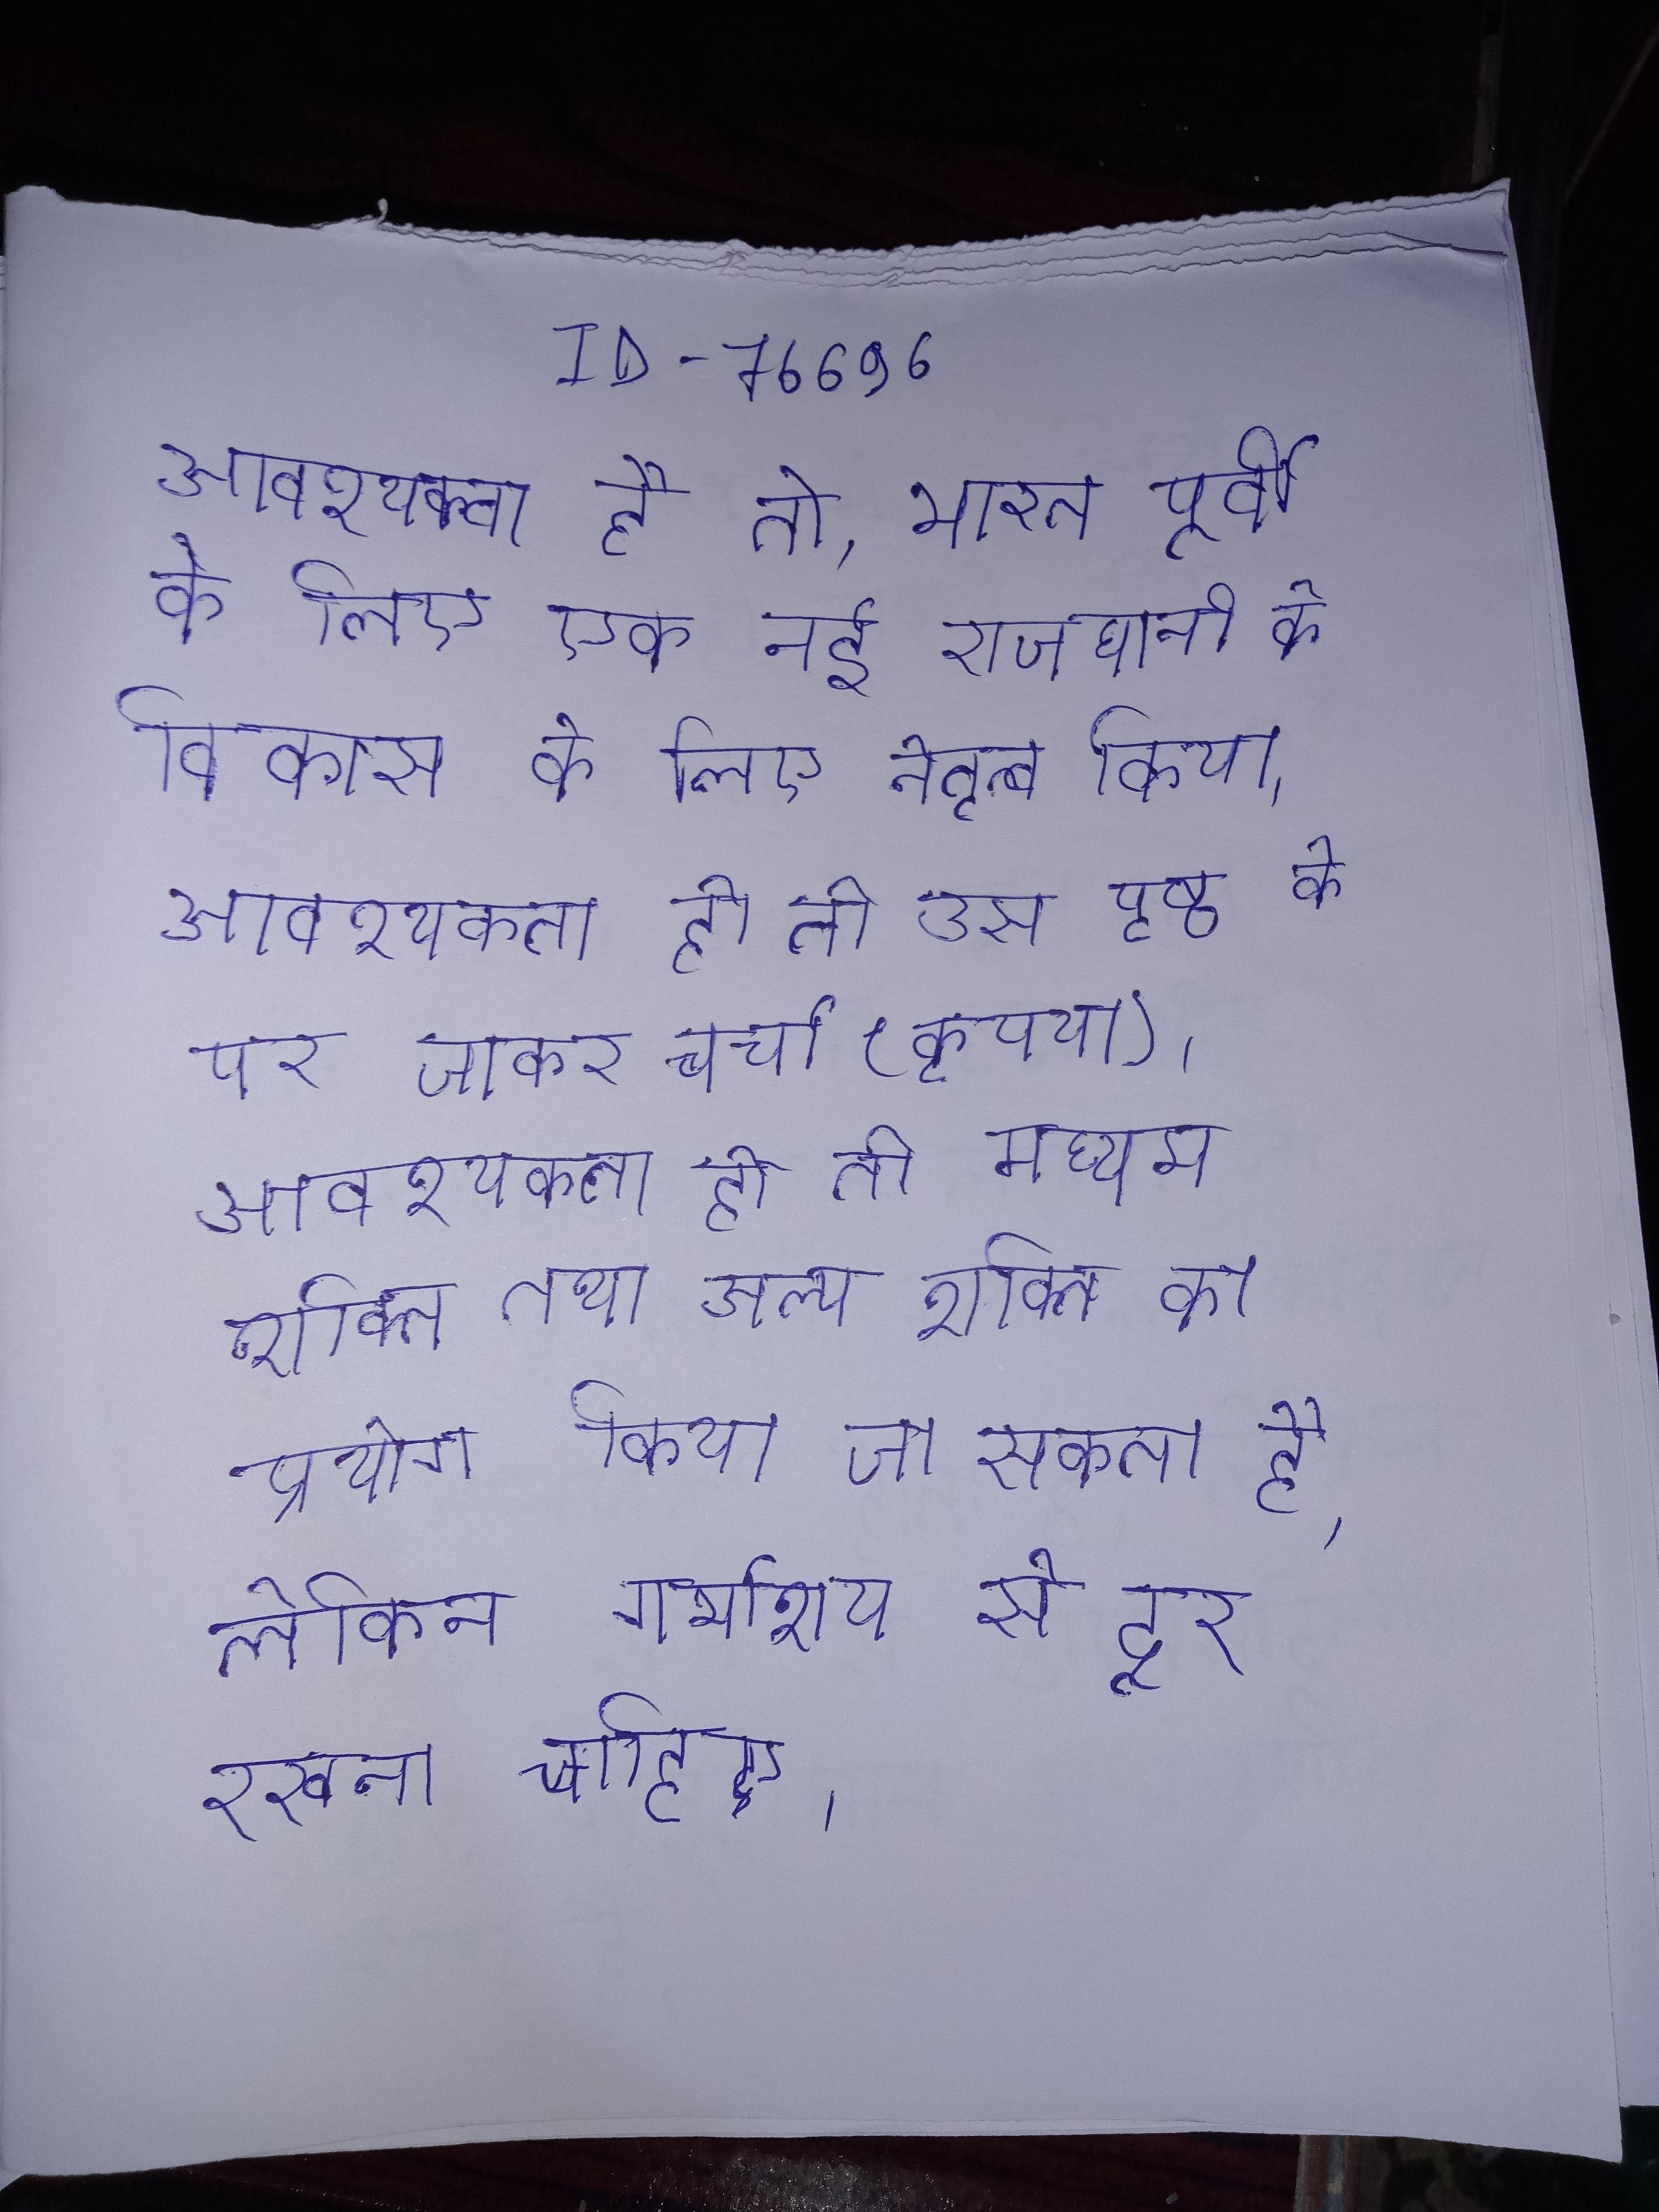
आवश्यकता है तो, भारत पूर्वी के लिए एक नई राजधानी के विकास के लिए नेतृत्व किया । आवश्यकता हो तो उस पृष्ठ के पर जाकर चर्चा (कृपया) । आवश्यकता हो तो मध्यम शक्ति तथा अल्प शक्ति का प्रयोग किया जा सकता है, लेकिन गर्भाशय से दूर रखना चाहिए ।